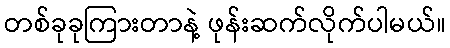
တစ်ခုခုကြားတာနဲ့ ဖုန်းဆက်လိုက်ပါမယ်။